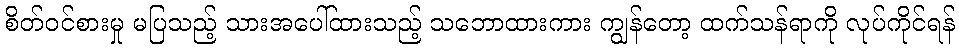
စိတ်ဝင်စားမှု မပြသည့် သားအပေါ်ထားသည့် သဘောထားကား ကျွန်တော့ ထက်သန်ရာကို လုပ်ကိုင်ရန်